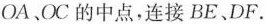
OA、OC的中点，连接BE、DF。